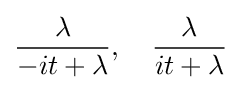
{\frac {\lambda }{-it+\lambda }},\quad {\frac {\lambda }{it+\lambda }}